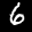
Label: 6